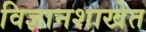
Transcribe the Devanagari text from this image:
विज्ञानशाखेत